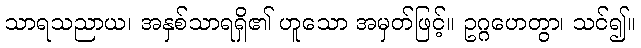
သာရသညာယ၊ အနှစ်သာရရှိ၏ ဟူသော အမှတ်ဖြင့်။ ဥဂ္ဂဟေတွာ၊ သင်၍။